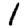
Digit: 1